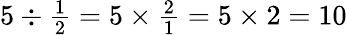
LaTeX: \textstyle{5\div{\frac{1}{2}}=5\times{\frac{2}{1}}=5\times 2=10}